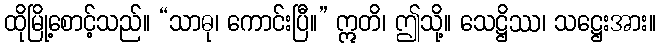
ထိုမြို့စောင့်သည်။ “သာဓု၊ ကောင်းပြီ။” ဣတိ၊ ဤသို့။ သေဋ္ဌိဿ၊ သဋ္ဌေးအား။